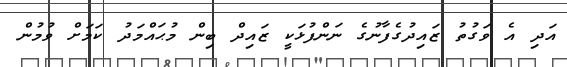
އަދި އެ ވަގުތު ޒައިދުގެފާނުގެ ނަންފުޅަކީ ޒައިދް ބިން މުޙައްމަދު ކަމަށް ވުމުން